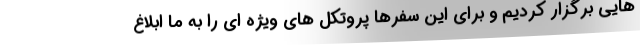
هایی برگزار کردیم و برای این سفرها پروتکل های ویژه ای را به ما ابلاغ